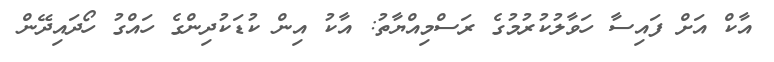
އާކް އަށް ފައިސާ ހަވާލުކުރުމުގެ ރަސްމިއްޔާތު: އާކު އިން ކުޑަކުދިންގެ ހައްގު ހޯދައިދޭން